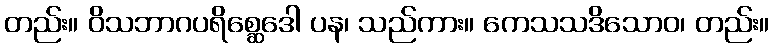
တည်း။ ဝိသဘာဂပရိစ္ဆေဒေါ ပန၊ သည်ကား။ ကေသသဒိသောဝ၊ တည်း။